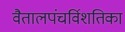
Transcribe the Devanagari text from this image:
वैतालपंचर्विशतिका